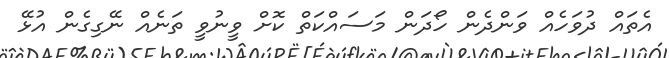
އެތައް ދުވަހެއް ވަންދެން ހޯދަން މަސައްކަތް ކޮށް ވީނުވީ ތަނެއް ނޭގިގެން އުޅޭ